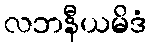
လဘနီယမိဒံ